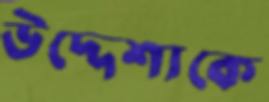
উদ্দেশ্যকে